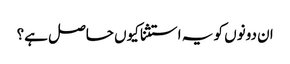
ان دونوں کو یہ استثنا کیوں حاصل ہے؟